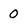
Character: 0